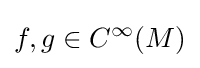
f,g\in C^{\infty }(M)